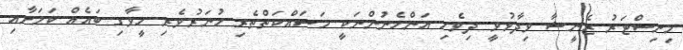
މިނިސްޓަރު ޒެނީޝާ ވިދާޅުވީ ދިވެހި އަންހެނުންނަކީ މަސައްކަތްތެރި ހުނަރުވެރި ހީވާގި ބައެއް ކަމަށާއި